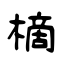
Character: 樀